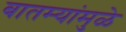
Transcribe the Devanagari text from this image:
बातम्यांमुळे